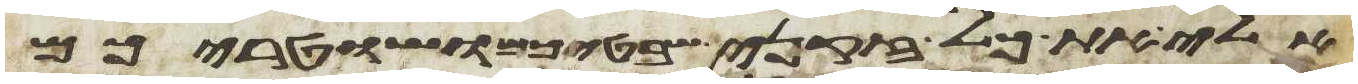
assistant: אלי את כל זקני שבטיכם ושטריכם